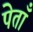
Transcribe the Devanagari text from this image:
पेताँ